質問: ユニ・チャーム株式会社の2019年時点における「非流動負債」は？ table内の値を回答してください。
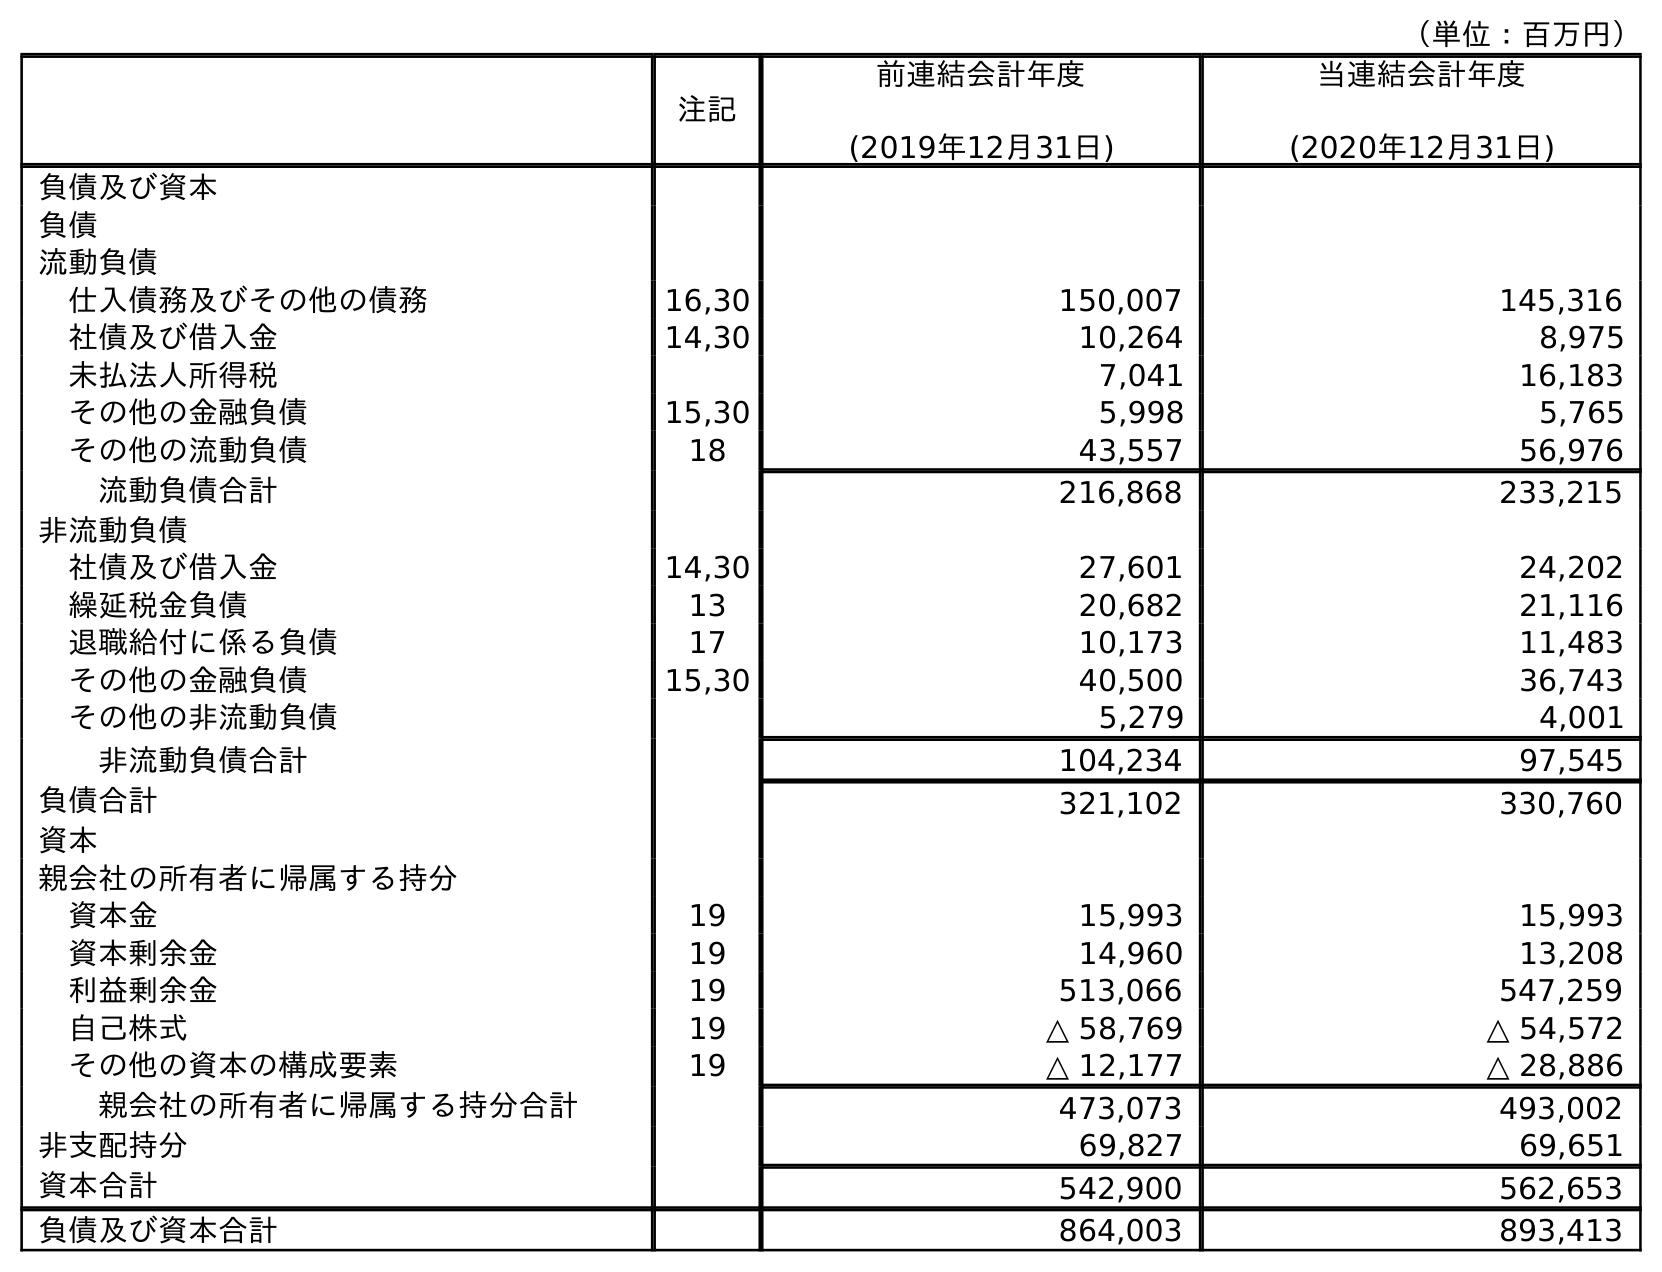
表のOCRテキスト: （単位：百万円） 注記 前連結会計年度 (2019年12月31日) 当連結会計年度 (2020年12月31日) 負債及び資本 負債 流動負債 仕入債務及びその他の債務 16,30 150,007 145,316 社債及び借入金 14,30 10,264 8,975 未払法人所得税 7,041 16,183 その他の金融負債 15,30 5,998 5,765 その他の流動負債 18 43,557 56,976 流動負債合計 216,868 233,215 非流動負債 社債及び借入金 14,30 27,601 24,202 繰延税金負債 13 20,682 21,116 退職給付に係る負債 17 10,173 11,483 その他の金融負債 15,30 40,500 36,743 その他の非流動負債 5,279 4,001 非流動負債合計 104,234 97,545 負債合計 321,102 330,760 資本 親会社の所有者に帰属する持分 資本金 19 15,993 15,993 資本剰余金 19 14,960 13,208 利益剰余金 19 513,066 547,259 自己株式 19 △ 58,769 △ 54,572 その他の資本の構成要素 19 △ 12,177 △ 28,886 親会社の所有者に帰属する持分合計 473,073 493,002 非支配持分 69,827 69,651 資本合計 542,900 562,653 負債及び資本合計 864,003 893,413
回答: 104,234